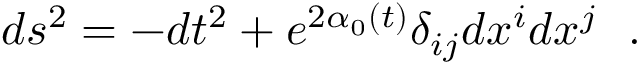
d s ^ { 2 } = - d t ^ { 2 } + e ^ { 2 \alpha _ { 0 } ( t ) } \delta _ { i j } d x ^ { i } d x ^ { j } \ \ .